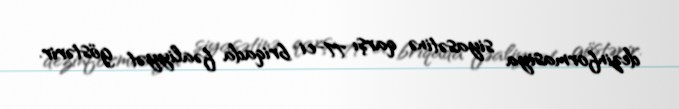
dezinformasiya siyasətinə qarşı 77-ci briqada fəaliyyət göstərir.